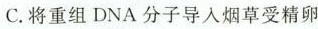
C.将重组DNA分子导入烟草受精卵